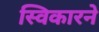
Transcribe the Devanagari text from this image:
स्विकारने